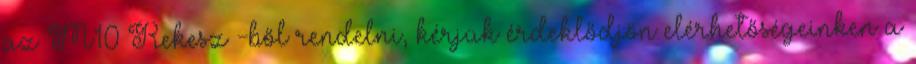
az M10 Rekesz -ből rendelni, kérjük érdeklődjön elérhetőségeinken a